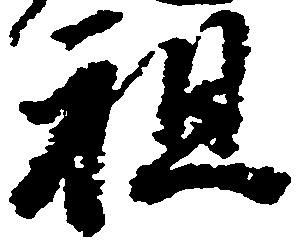
祖